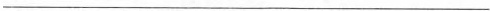
___